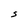
Character: S